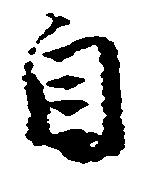
自